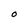
Character: O